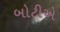
બોટીએ